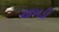
ચાખડી